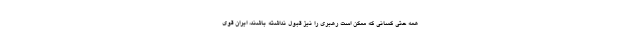
همه حتی کسانی که ممکن است رهبری را نیز قبول نداشته باشند، ایران قوی